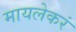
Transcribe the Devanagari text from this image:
मायलेकरं